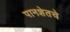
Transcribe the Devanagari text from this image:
पानशेतचे